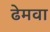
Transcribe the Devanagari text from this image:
ढेमवा